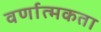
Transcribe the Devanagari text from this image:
वर्णात्मकता